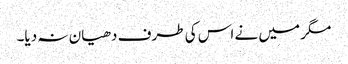
مگر میں نے اس کی طرف دھیان نہ دیا۔